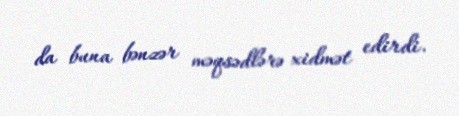
da buna bənzər məqsədlərə xidmət edirdi.